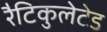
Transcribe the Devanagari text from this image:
रैटिकुलेटेड